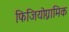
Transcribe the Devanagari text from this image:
फिजियोग्नामिक